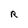
Character: R